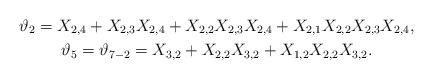
LaTeX: \begin{gather*}\vartheta_2= X_{2,4}+X_{2,3}X_{2,4}+X_{2,2}X_{2,3}X_{2,4}+X_{2,1}X_{2,2}X_{2,3}X_{2,4},\\\vartheta_5= \vartheta_{7-2}=X_{3,2}+X_{2,2}X_{3,2}+X_{1,2}X_{2,2}X_{3,2}.\end{gather*}